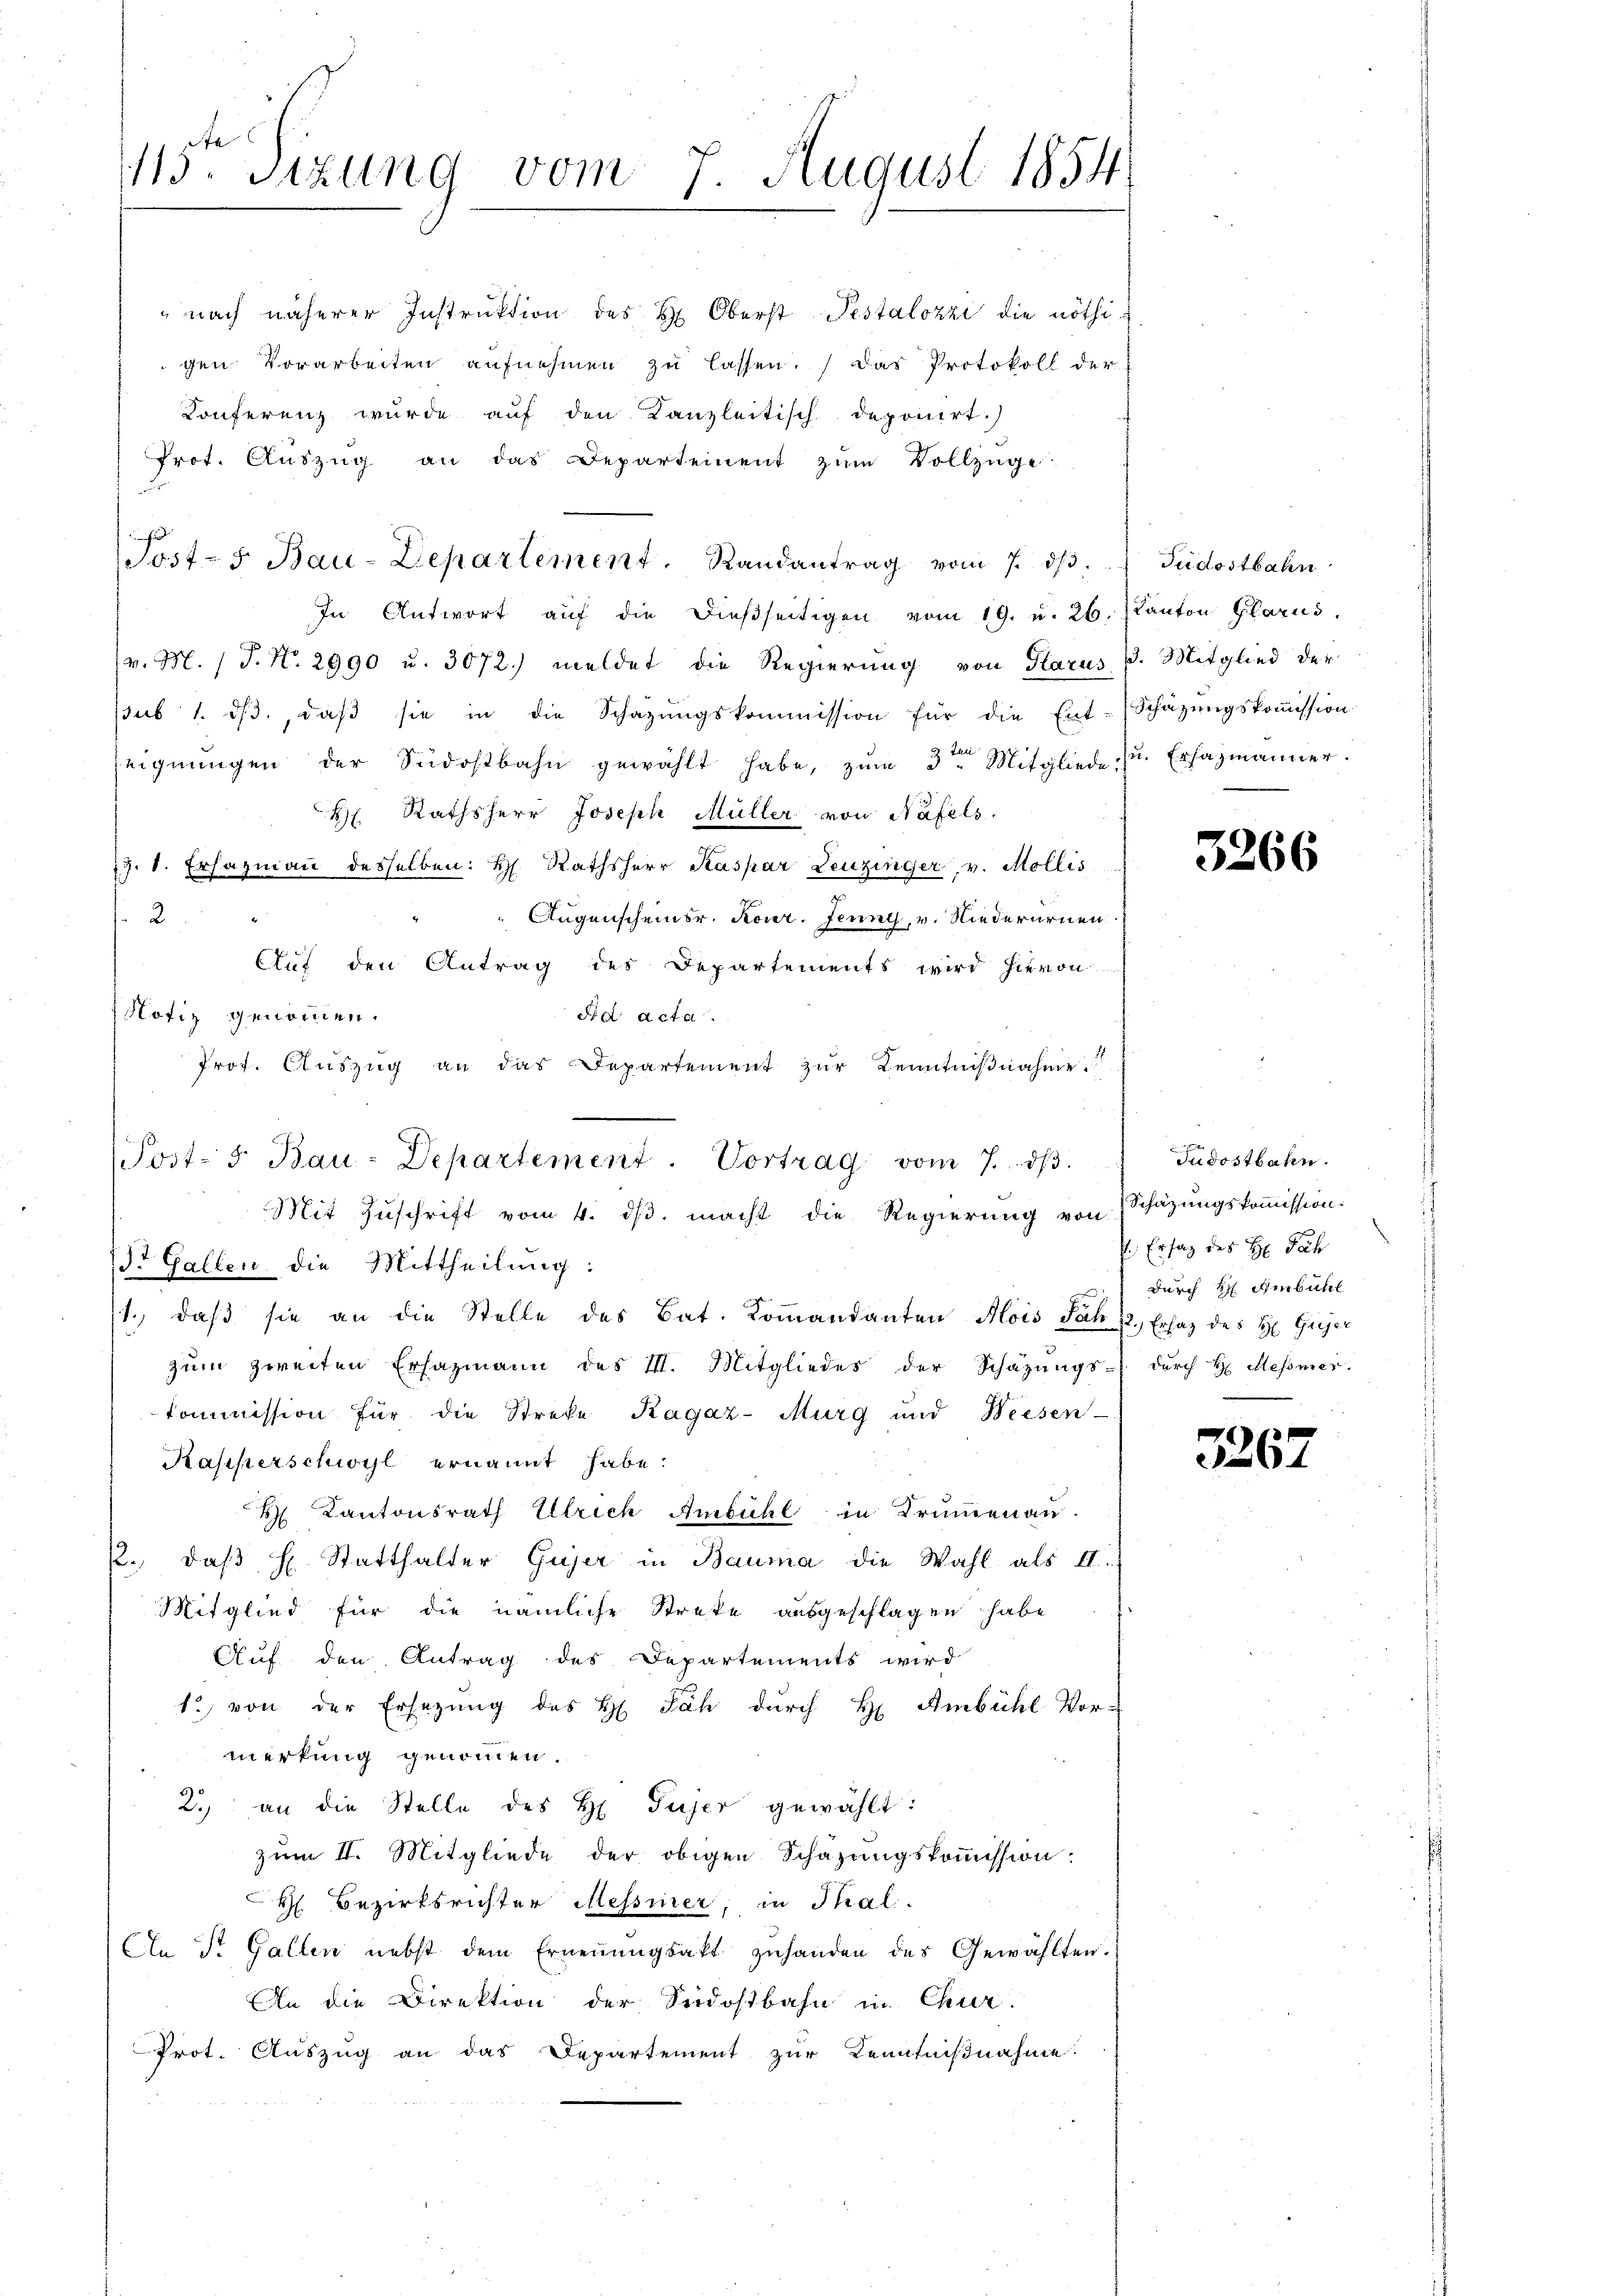
15ten Sizung vom 7. August 1854
g

" nach näherer Instruktion des Hr. Oberst Pestalozzi die nöthigen Vorarbeiten aufnehmen zu lassen. Das Protokoll der
Konferenz wurde auf den Kanzleitisch deponirt.)
Prot. Aŭszŭg an das Departement zŭm Vollzüge
In Antwort aŭf die dieβseitigen vom 19. u. 26. Kanton Glarus,
(v. M. (T. No. 2990 u. 3072) meldet die Regierung von Glarus P. Mitglied der
sub 1. dβ, daβ sie in die Schazŭngskommission für die Ent-Schäzŭngskoṁission
seignungen der Südostbahn gewählt habe, zŭm 3ten Mitgliede zu. Erhazmänner.
H. Rathsherr Joseph Müller von Näfels.
9. 1. Erhazmaṅ desselben: H. Rathsherr Kaspar Leuzinger, v. Mollis
 Augenscheinsr. Konr. Jenny, v. Niederurnen.
2
Auf den Antrag des Departements wird hievon
Notiz genommen.
Ad Acta.
Prof. Aŭszŭg an das Departement zŭr Kenntniβnahme.
St. Gallen die Mittheilung:
1., daβ sie an die Stelle des Bat. Koṁandanten Alois Jahr 12. Ersaz des H. Gujer
zŭm zweiten Ersazmann des III. Mitgliedes der Schazungs- dŭrch H. Messner.
kommission für die Streke Ragaz-Murg und Weesen
Kapperschwyl ernannt habe.
H Kantonsrath Ulrich Ambühl in Brumenau.
22. daβ h Statthalter Gujer in Bauma die Wahl als II.
Mitglied für die nämliche Streke ausgeschlagen habe
Auf den Antrag des Departements wird
1) von der Ersezung des H. Jäh dŭrch H. Ambühl Vor-
merkung genommen.
2.) an die Stelle des H. Gujer gewählt:
zum II. Mitgliede der obigen Schazungskommission:
H. Bezirksrichter Messiner, in Thal-
An St. Gallen nebst dem Erneṅŭngsakt zŭhanden des Gewählten.
An die Direktion der Serdostbahn in Chur-
Prot. Auszug an das Departement zur Kenntnißnahme.

Post-5 Bau-Departement. Randantrag vom 7. dβ. Südostbahn

Post- 5. Bau-Departement. Vortrag vom 7. dβ.
Mit Zuschrift vom 4. ds. macht die Regierung von Schazungskommission.

3266

Judostbahn.
P Ersatz des H: Joh
 durch H. Ambühl

3267